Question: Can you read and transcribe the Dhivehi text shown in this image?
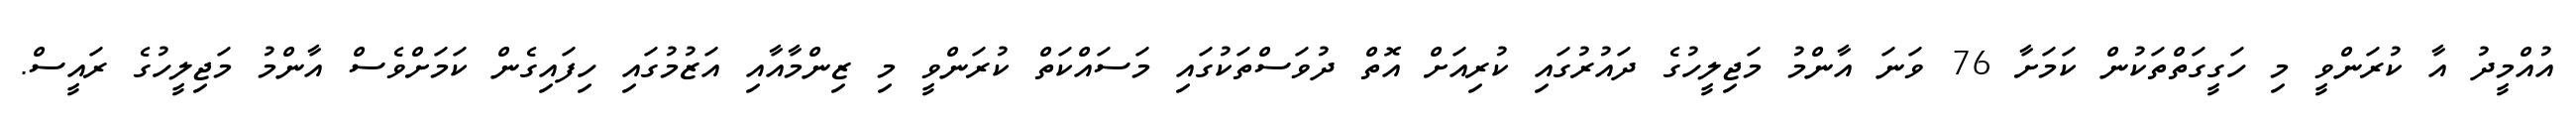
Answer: އުއްމީދު އާ ކުރަންވީ މި ހަގީގަތްތަކުން ކަމަށާ 76 ވަނަ އާންމު މަޖިލީހުގެ ދައުރުގައި ކުރިއަށް އޮތް ދުވަސްތަކުގައި މަސައްކަތް ކުރަންވީ މި ޒިންމާއާއި އަޒުމުގައި ހިފައިގެން ކަމަށްވެސް އާންމު މަޖިލީހުގެ ރައީސް.